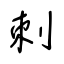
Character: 刺